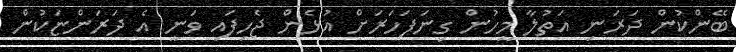
ބޭންކުން ދަރަނި އަތުލާ މީހުން ގިނަފަހަރަށް އުޅެން ޖެހިފައި ވަނީ އެ ދަރަންޏަކުން